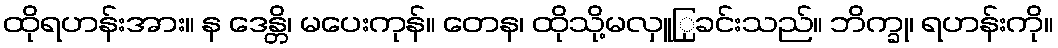
ထိုရဟန်းအား။ န ဒေန္တိ၊ မပေးကုန်။ တေန၊ ထိုသို့မလှူြုခင်းသည်။ ဘိက္ခု၊ ရဟန်းကို။